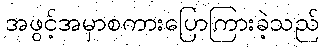
အဖွင့်အမှာစကားပြောကြားခဲ့သည်